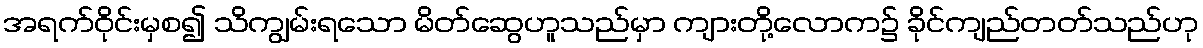
အရက်ဝိုင်းမှစ၍ သိကျွမ်းရသော မိတ်ဆွေဟူသည်မှာ ကျားတို့လောက၌ ခိုင်ကျည်တတ်သည်ဟု